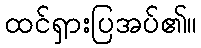
ထင်ရှားပြအပ်၏။